Report on the cultivation and use of ganja
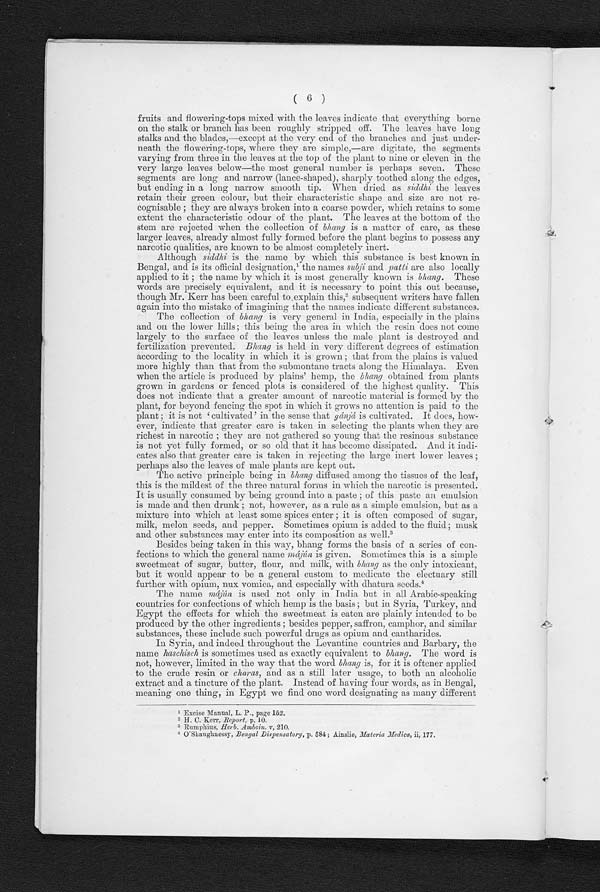
( 6 )
fruits and flowering-tops mixed with the leaves indicate that everything borne
on the stalk or branch has been roughly stripped off. The leaves have long
stalks and the blades,—except at the very end of the branches and just under-
neath the flowering-tops, where they are simple,—are digitate, the segments
varying from three in the leaves at the top of the plant to nine or eleven in the
very large leaves below—the most general number is perhaps seven. These
segments are long and narrow (lance-shaped), sharply toothed along the edges,
but ending in a long narrow smooth tip. When dried as siddhi the leaves
retain their green colour, but their characteristic shape and size are not re-
cognisable ; they are always broken into a coarse powder, which retains to some
extent the characteristic odour of the plant. The leaves at the bottom of the
stem are rejected when the collection of bhang is a matter of care, as these
larger leaves, already almost fully formed before the plant begins to possess any
narcotic qualities, are known to be almost completely inert.
Although siddhi is the name by which this substance is best known in
Bengal, and is its official designation,1 t h e n a m e s
s u b j i
a n d
P a t t i
a r e a l s o l o c a l l y
applied to it ; the name by which it is most generally known is bhang. These
words are precisely equivalent, and it is necessary to point this out because,
though Mr. Kerr has been careful to explain this, 2 s u b s e q u e n t w r i t e r s h a v e f a l l e n
again into the mistake of imagining that the names indicate different substances.
The collection of bhang is very general in India, especially in the plains
and on the lower hills; this being the area in which the resin does not come
largely to the surface of the leaves unless the male plant is destroyed and
fertilization prevented. Bhang is held in very different degrees of estimation
according to the locality in which it is grown ; that from the plains is valued
more highly than that from the submontane tracts along the Himalaya. Even
when the article is produced by plains' hemp, the bhang obtained from plants
grown in gardens or fenced plots is considered of the highest quality. This
does not indicate that a greater amount of narcotic material is formed by the
plant, for beyond fencing the spot in which it grows no attention is paid to the
plant ; it is not 'cultivated' in the sense that gánjá is cultivated. It does, how-
ever, indicate that greater care is taken in selecting the plants when they are
richest in narcotic ; they are not gathered so young that the resinous substance
is not yet fully formed, or so old that it has become dissipated. And it indi-
cates also that greater care is taken in rejecting the large inert lower leaves ;
perhaps also the leaves of male plants are kept out.
The active principle being in bhang diffused, a m o n g t h e t i s s u e s o f t h e l e a f ,
this is the mildest of the three natural forms in which the narcotic is presented.
It is usually consumed by being ground into a paste ; of this paste an emulsion
is made and then drunk ; not, however, as a rule as a simple emulsion, but as a
mixture into which at least some spices enter ; it is often composed of sugar,
milk, melon seeds, and pepper. Sometimes opium is added to the fluid; musk
and other substances may enter into its composition as well. 3
Besides being taken in this way, bhang forms the basis of a series of con-
fections to which the general name májún is given. Sometimes this is a simple
sweetmeat of sugar, butter, flour, and milk, with bhang as the only intoxicant,
but it would appear to be a general custom to medicate the electuary still
further with opium, nux vomica, and especially with dhatura seeds. 4
The name májún is used_ not only in India but in all Arabic-speaking
countries for confections of which hemp is the basis ; but in Syria, Turkey, and
Egypt the effects for which the sweetmeat is eaten are plainly intended to be
produced by the other ingredients ; besides pepper, saffron, camphor, and similar
substances, these include such powerful drugs as opium and cantharides.
In Syria, and indeed throughout the Levantine countries and Barbary, the
name haschisch is sometimes used as exactly equivalent to bhang. The word is
not, however, limited in the way that the word bhang is, for it is oftener applied
to the crude resin or charas, and as a still later usage, to both an alcoholic
extract and a tincture of the plant. Instead of having four words, as in Bengal,
meaning one thing, in Egypt we find one word designating as many different
1
E x c i s e M a n u a l , L . P . , p a g e 1 5 2 .
2
H . C . K e r r ,R
e p o r t ,p
. 1 0 .
3 R u m p h i u s ,
H e r b . A m b o i n .
v , 2 1 0 .
4 O'Shaughnessy, Bengal Dispensatory, p. 584; Ainslie, Materia Madica, ii, 177.